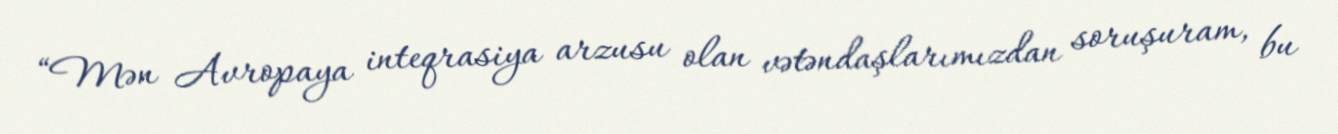
“Mən Avropaya inteqrasiya arzusu olan vətəndaşlarımızdan soruşuram, bu